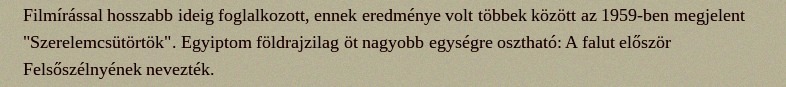
Filmírással hosszabb ideig foglalkozott, ennek eredménye volt többek között az 1959-ben megjelent "Szerelemcsütörtök". Egyiptom földrajzilag öt nagyobb egységre osztható: A falut először Felsőszélnyének nevezték.